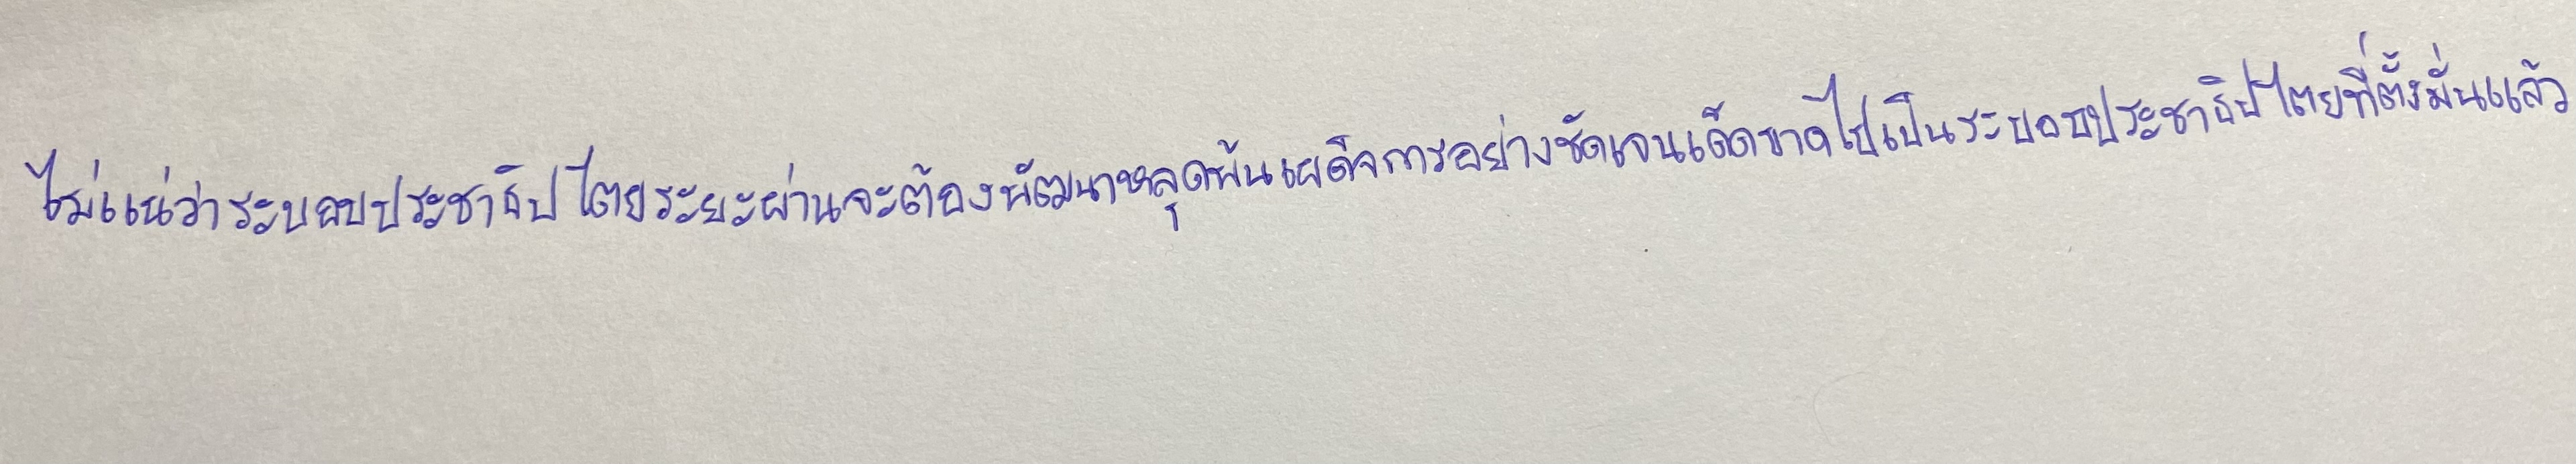
ไม่แน่ว่าระบอบประชาธิปไตยระยะผ่านจะต้องพัฒนาหลุดพ้นเผด็จการอย่างชัดเจนเด็ดขาดไปเป็นระบอบประชาธิปไตยที่ตั้งมั่นแล้ว